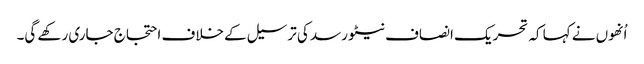
اُنھوں نے کہا کہ تحریک انصاف نیٹو رسد کی ترسیل کے خلاف احتجاج جاری رکھے گی۔